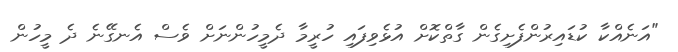
"އަނެއްކާ ކުޑައިރުންފެށިގެން ގާތްކޮށް އުޅެވިފައި ހުރީމާ ދެމީހުންނަށް ވެސް އެނގޭނެ ދެ މީހުން